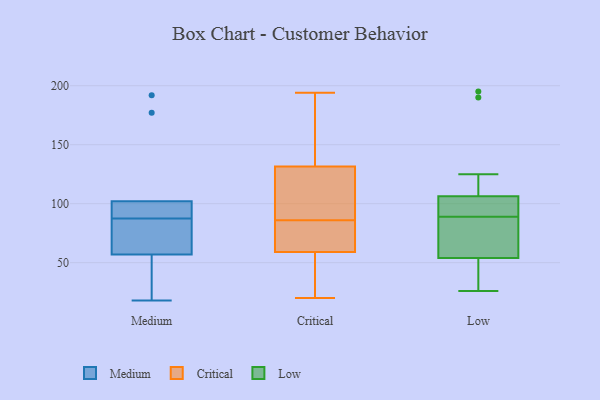
{"axis": {"x": "Latency (ms)", "y": "Value"}, "legend": ["Critical", "Low", "Medium"], "data": [{"x": "", "y": 18, "type": "Medium"}, {"x": "", "y": 92, "type": "Medium"}, {"x": "", "y": 57, "type": "Medium"}, {"x": "", "y": 49, "type": "Medium"}, {"x": "", "y": 177, "type": "Medium"}, {"x": "", "y": 95, "type": "Medium"}, {"x": "", "y": 192, "type": "Medium"}, {"x": "", "y": 83, "type": "Medium"}, {"x": "", "y": 102, "type": "Medium"}, {"x": "", "y": 68, "type": "Medium"}, {"x": "", "y": 44, "type": "Critical"}, {"x": "", "y": 194, "type": "Critical"}, {"x": "", "y": 133, "type": "Critical"}, {"x": "", "y": 133, "type": "Critical"}, {"x": "", "y": 131, "type": "Critical"}, {"x": "", "y": 45, "type": "Critical"}, {"x": "", "y": 56, "type": "Critical"}, {"x": "", "y": 86, "type": "Critical"}, {"x": "", "y": 60, "type": "Critical"}, {"x": "", "y": 95, "type": "Critical"}, {"x": "", "y": 93, "type": "Critical"}, {"x": "", "y": 165, "type": "Critical"}, {"x": "", "y": 75, "type": "Critical"}, {"x": "", "y": 119, "type": "Critical"}, {"x": "", "y": 86, "type": "Critical"}, {"x": "", "y": 20, "type": "Critical"}, {"x": "", "y": 81, "type": "Critical"}, {"x": "", "y": 195, "type": "Low"}, {"x": "", "y": 100, "type": "Low"}, {"x": "", "y": 26, "type": "Low"}, {"x": "", "y": 55, "type": "Low"}, {"x": "", "y": 45, "type": "Low"}, {"x": "", "y": 51, "type": "Low"}, {"x": "", "y": 97, "type": "Low"}, {"x": "", "y": 125, "type": "Low"}, {"x": "", "y": 92, "type": "Low"}, {"x": "", "y": 69, "type": "Low"}, {"x": "", "y": 64, "type": "Low"}, {"x": "", "y": 89, "type": "Low"}, {"x": "", "y": 190, "type": "Low"}]}